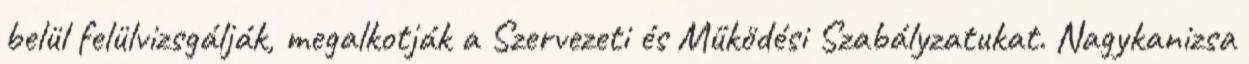
belül felülvizsgálják, megalkotják a Szervezeti és Működési Szabályzatukat. Nagykanizsa